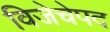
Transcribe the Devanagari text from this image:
विजेचेपद